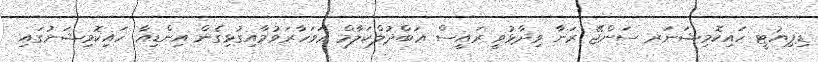
ޑިޕިިޔުޓީ ހައިކޮމިޝަނަރ ސަންޖޭ ރަނާ ވިދާޅުވީ ރައީސް ޢަބްދުލްކަލާމް ޢަވަހާރަވުމާއިގުޅިގެން އިންޑިއާ ހައިކޮމިޝަނުގައި